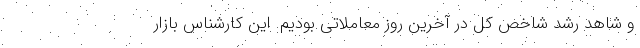
و شاهد رشد شاخص کل در آخرین روز معاملاتی بودیم. این کارشناس بازار